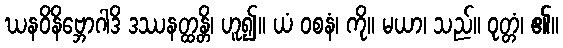
ဃနဝိနိဗ္ဘောဂါဒိ ဒဿနတ္ထန္တိ၊ ဟူ၍။ ယံ ဝစနံ၊ ကို။ မယာ၊ သည်။ ဝုတ္တံ၊ ၏။